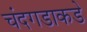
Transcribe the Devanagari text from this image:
चंदगडाकडे